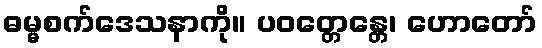
ဓမ္မစက်ဒေသနာကို။ ပဝတ္တေန္တေ၊ ဟောတော်